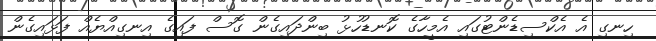
ހިނގި އެ އެކްސިޑެންޓުގައި އެމީހާގެ ކޮނޑުހުޅު ބިންދައިގެން ގޮސް ފައިގެ އިނގިއްޔެއް ފަޅައިގެން